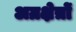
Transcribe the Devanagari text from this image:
अग्रक्षेत्रों